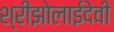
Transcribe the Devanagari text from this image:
श्रीझोलाईदेवी